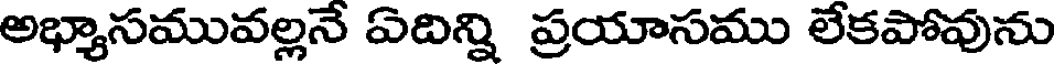
అభ్యాసమువల్లనే ఏదిన్ని ప్రయాసము లేకపోవును